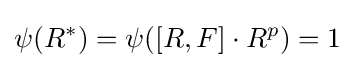
\psi (R^{\ast })=\psi (\lbrack R,F\rbrack \cdot R^{p})=1